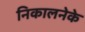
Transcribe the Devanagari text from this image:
निकालनेके